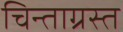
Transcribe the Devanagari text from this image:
चिन्ताग्रस्त